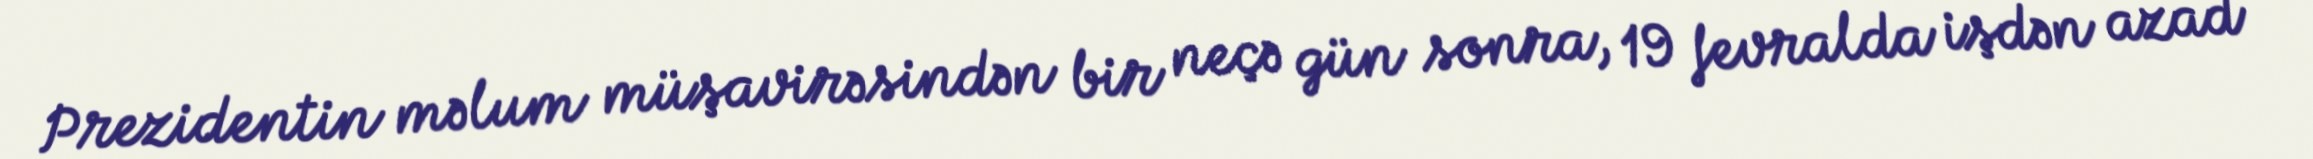
Prezidentin məlum müşavirəsindən bir neçə gün sonra, 19 fevralda işdən azad